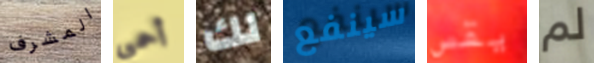
المشرف أحمي لك سينفع يقص لم